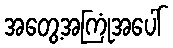
အတွေ့အကြုံအပေါ်